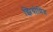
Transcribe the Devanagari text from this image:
झियोमिंग